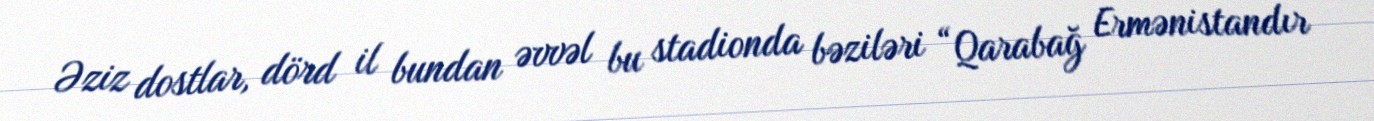
Əziz dostlar, dörd il bundan əvvəl bu stadionda bəziləri “Qarabağ Ermənistandır